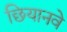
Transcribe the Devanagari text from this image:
छियानवे